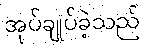
အုပ်ချုပ်ခဲ့သည်